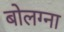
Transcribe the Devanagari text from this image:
बोलग्ना